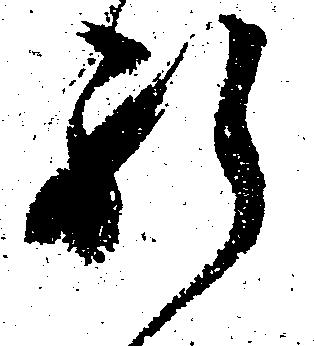
肝